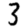
Digit: 3